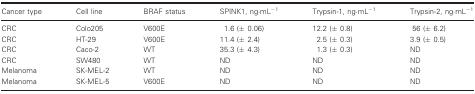
<table><thead><tr><td><b>Cancer type</b></td><td><b>Cell line</b></td><td><b>BRAF status</b></td><td><b>SPINK1, ng·mL<sup>−1</sup></b></td><td><b>Trypsin‐1, ng·mL<sup>−1</sup></b></td><td><b>Trypsin‐2, ng·mL<sup>−1</sup></b></td></tr></thead><tbody><tr><td>CRC</td><td>Colo205</td><td>V600E</td><td>1.6 (± 0.06)</td><td>12.2 (± 0.8)</td><td>56 (± 6.2)</td></tr><tr><td>CRC</td><td>HT‐29</td><td>V600E</td><td>11.4 (± 2.4)</td><td>2.5 (± 0.3)</td><td>3.9 (± 0.5)</td></tr><tr><td>CRC</td><td>Caco‐2</td><td>WT</td><td>35.3 (± 4.3)</td><td>1.3 (± 0.3)</td><td>ND</td></tr><tr><td>CRC</td><td>SW480</td><td>WT</td><td>ND</td><td>ND</td><td>ND</td></tr><tr><td>Melanoma</td><td>SK‐MEL‐2</td><td>WT</td><td>ND</td><td>ND</td><td>ND</td></tr><tr><td>Melanoma</td><td>SK‐MEL‐5</td><td>V600E</td><td>ND</td><td>ND</td><td>ND</td></tr></tbody></table>